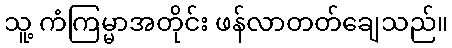
သူ့ ကံကြမ္မာအတိုင်း ဖန်လာတတ်ချေသည်။